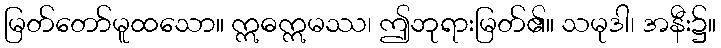
မြတ်တော်မူထသော။ ဣဓဣမဿ၊ ဤဘုရားမြတ်၏။ သမုဒါ၊ အနီး၌။